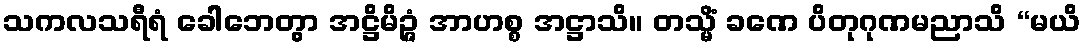
သကလသရီရံ ခေါဘေတွာ အဋ္ဌိမိဉ္ဇံ အာဟစ္စ အဋ္ဌာသိ။ တသ္မိံ ခဏေ ပိတုဂုဏမညာသိ “မယိ